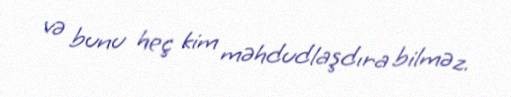
və bunu heç kim məhdudlaşdıra bilməz.